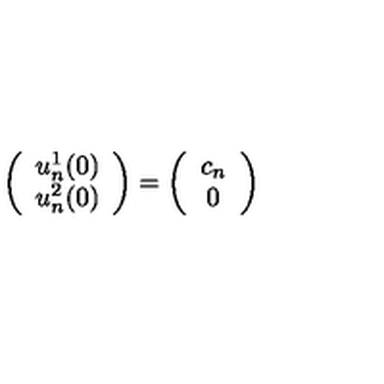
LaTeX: \left( \begin{array} { c } { u _ { n } ^ { 1 } ( 0 ) } \\ { u _ { n } ^ { 2 } ( 0 ) } \\ \end{array} \right) = \left( \begin{array} { c } { c _ { n } } \\ { 0 } \\ \end{array} \right)